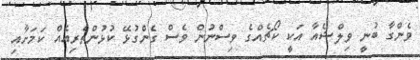
ވެންގާ ބުނީ ވިލްޝެއާ އަކީ ކޯޗެއްގެ ވިސްނުން ވެސް ގެންގުޅޭ ކުޅުންތެރިއެއް ކަމަށާއި